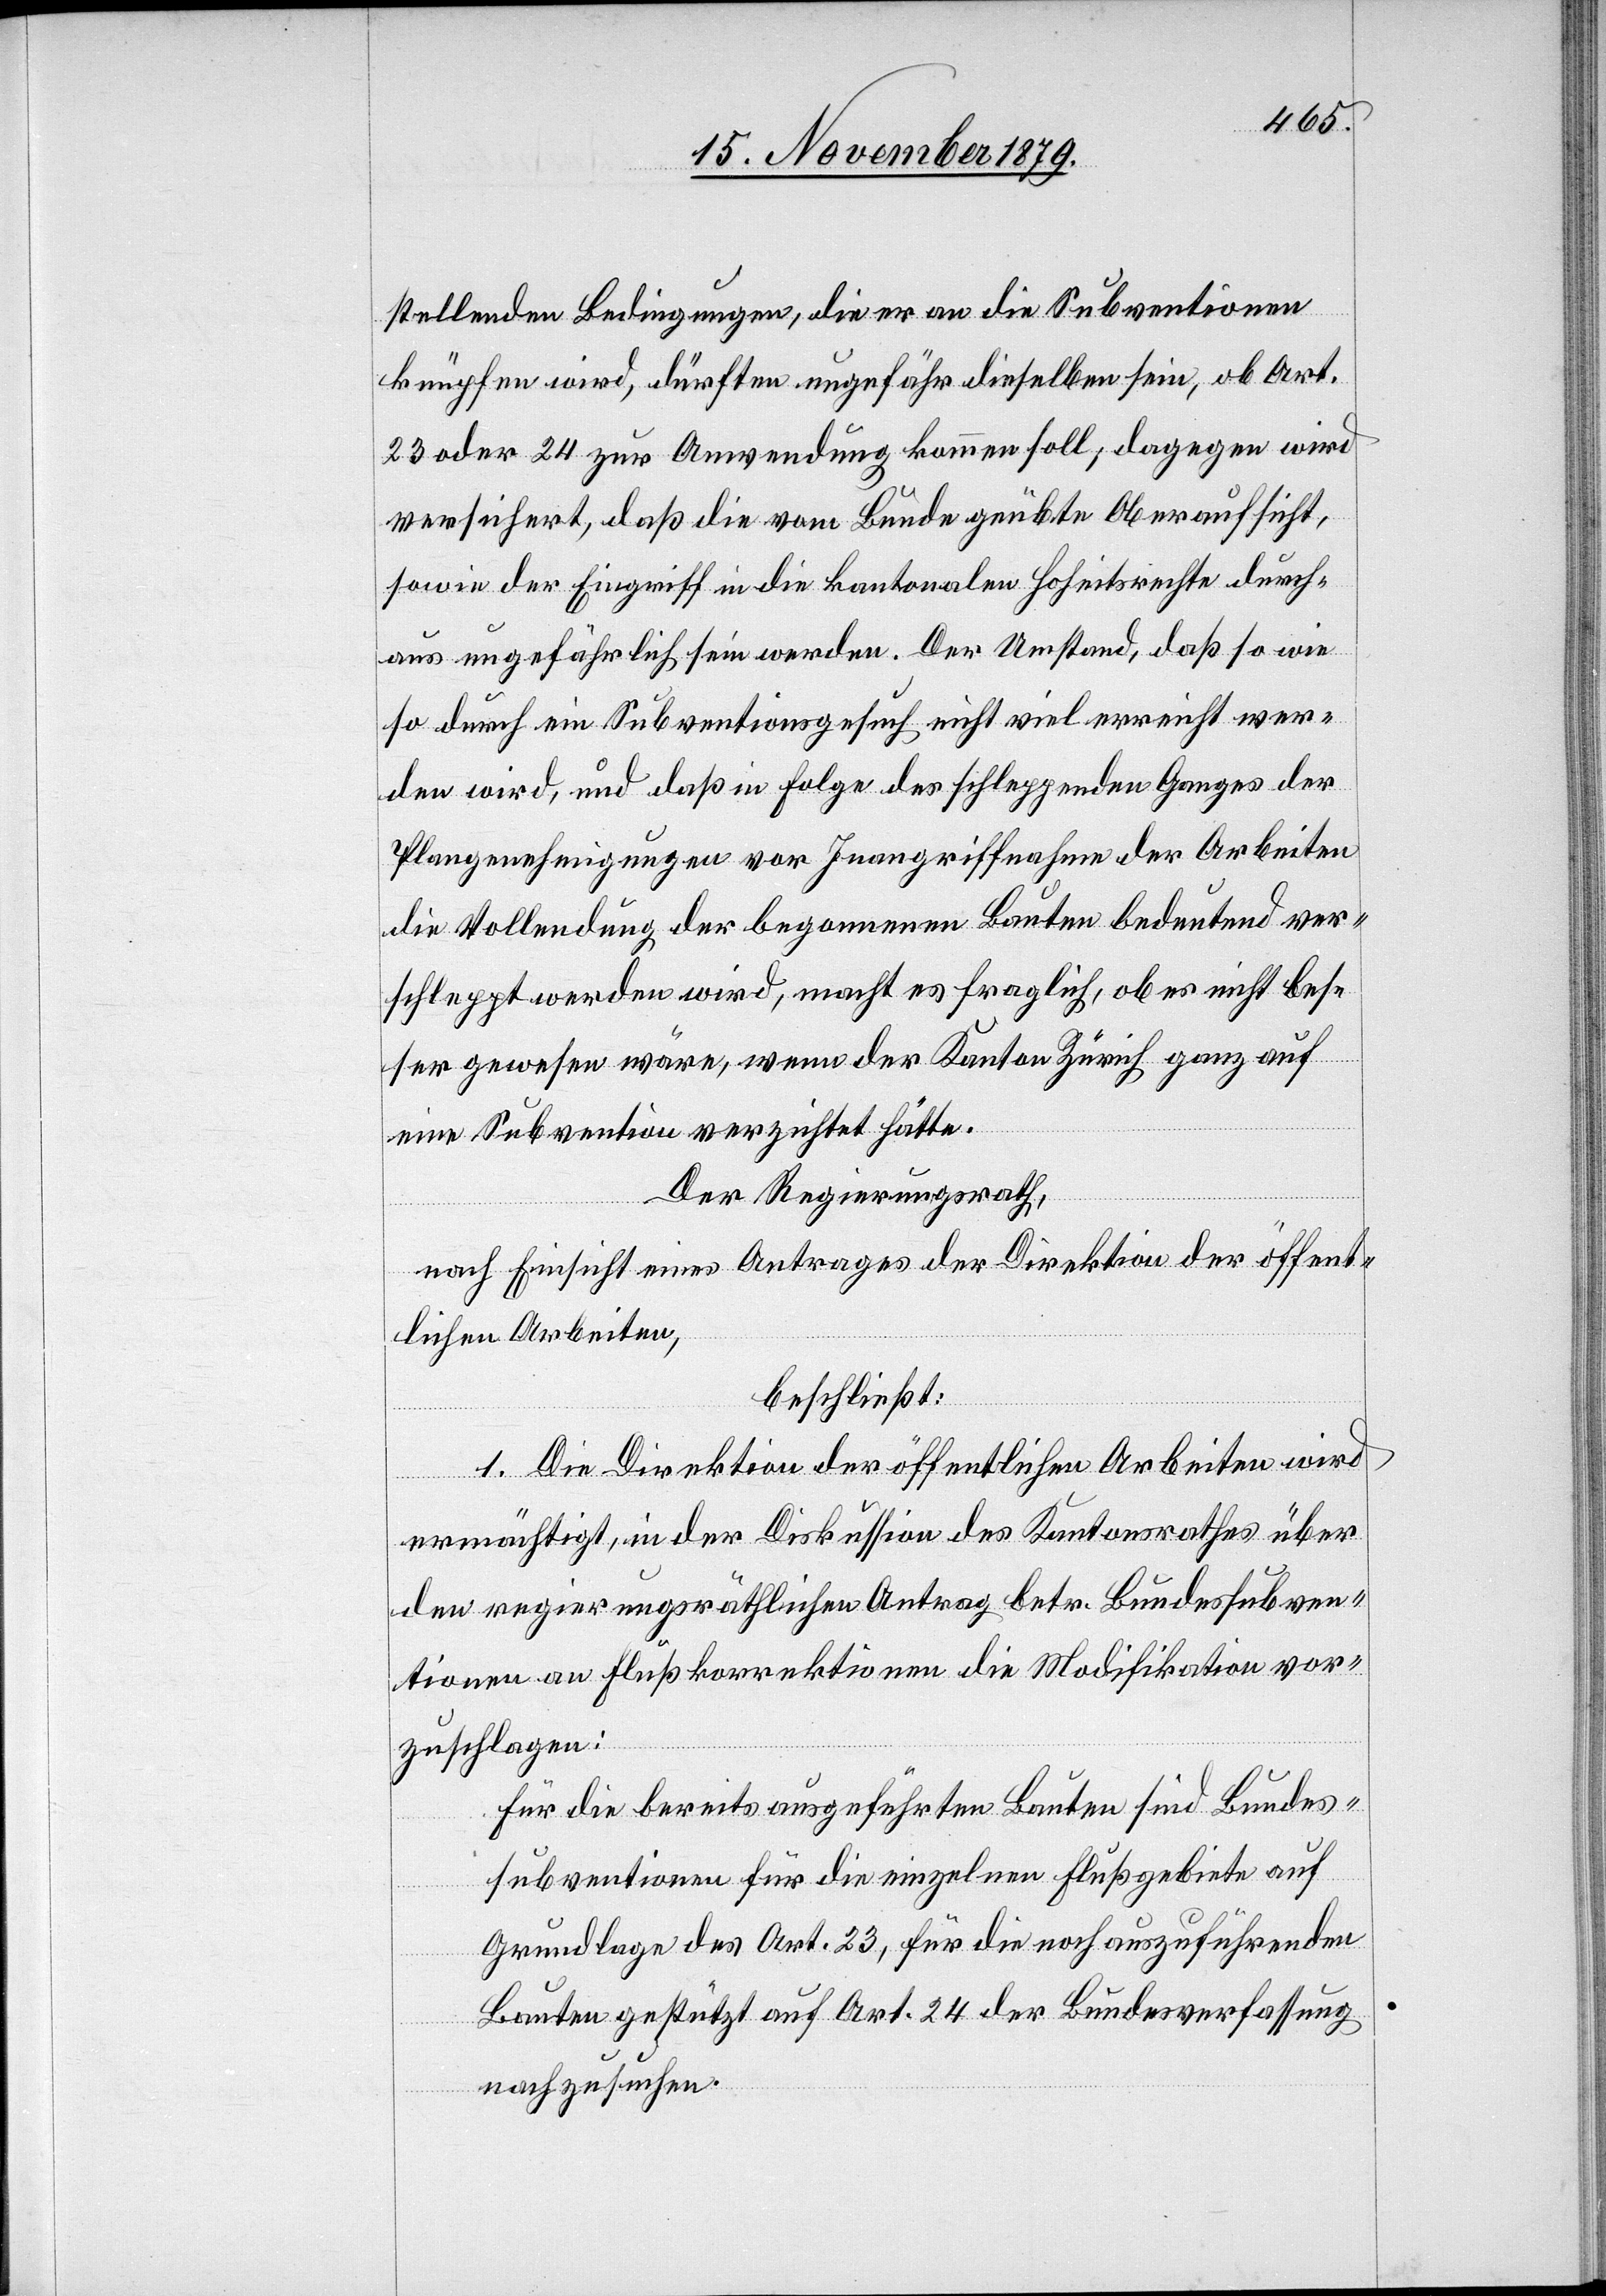
stellenden Bedingungen, die er an die Subventionen
knüpfen wird, dürften ungefähr dieselben sein, ob Art.
23 oder 24 zur Anwendung kommen soll; dagegen wird
versichert, daß die vom Bunde geübte Oberaufsicht,
sowie der Eingriff in die kantonalen Hoheitsrechte durch¬
aus ungefährlich sein werden. Der Umstand, daß so wie
so durch ein Subventionsgesuch nicht viel erreicht wer¬
den wird, und daß in Folge des schleppenden Ganges der
Plangenehmigungen vor Inangriffnahme der Arbeiten
die Vollendung der begonnenen Bauten bedeutend ver¬
schleppt werden wird, macht es fraglich, ob es nicht bes¬
ser gewesen wäre, wenn der Kanton Zürich ganz auf
eine Subvention verzichtet hätte.
Der Regierungsrath,
nach Einsicht eines Antrages der Direktion der öffent¬
lichen Arbeiten,
beschließt:
1. Die Direktion der öffentlichen Arbeiten wird
ermächtigt, in der Diskussion des Kantonsrathes über
den regierungsräthlichen Antrag betr. Bundessubven¬
tionen an Flußkorrektionen die Modifikation vor¬
zuschlagen:
Für die bereits ausgeübten Bauten sind Bundes¬
subventionen für die einzelnen Flußgebiete auf
Grundlage des Art. 23, für die noch anzuführenden
Bauten gestützt auf Art. 24 der Bundesverfassung
nachzusuchen.